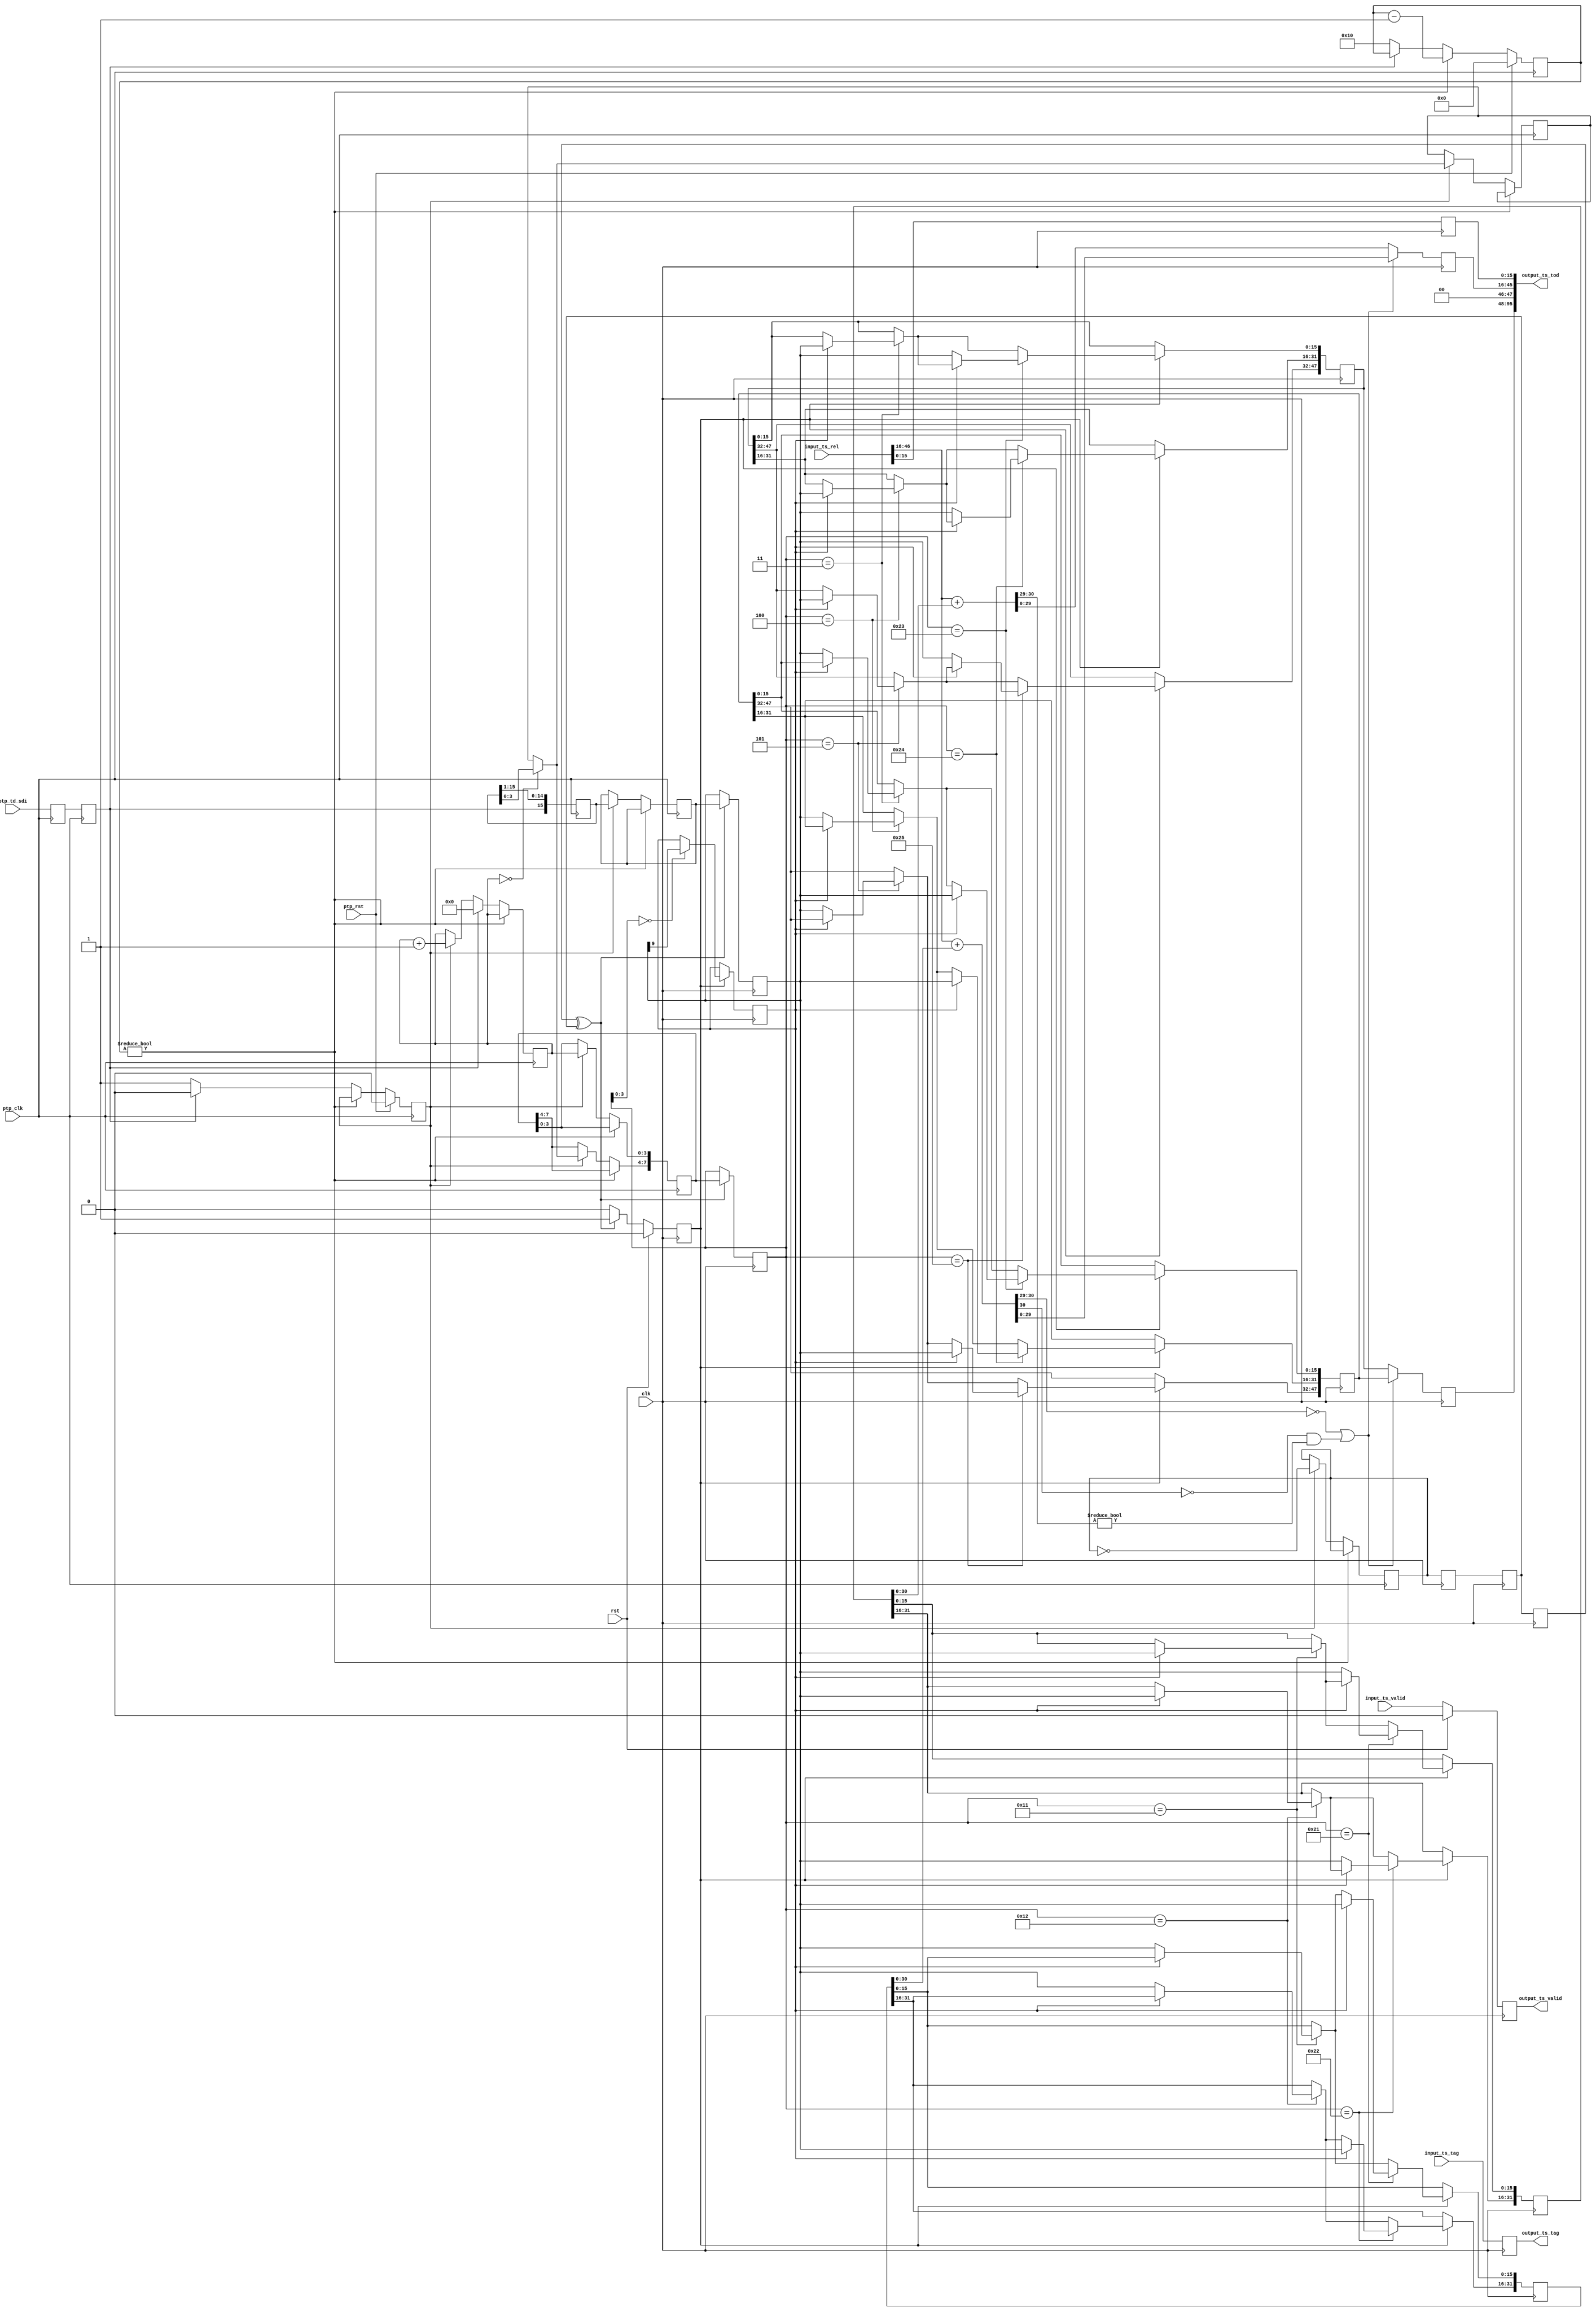
/*

Copyright (c) 2024 Alex Forencich

Permission is hereby granted, free of charge, to any person obtaining a copy
of this software and associated documentation files (the "Software"), to deal
in the Software without restriction, including without limitation the rights
to use, copy, modify, merge, publish, distribute, sublicense, and/or sell
copies of the Software, and to permit persons to whom the Software is
furnished to do so, subject to the following conditions:

The above copyright notice and this permission notice shall be included in
all copies or substantial portions of the Software.

THE SOFTWARE IS PROVIDED "AS IS", WITHOUT WARRANTY OF ANY KIND, EXPRESS OR
IMPLIED, INCLUDING BUT NOT LIMITED TO THE WARRANTIES OF MERCHANTABILITY
FITNESS FOR A PARTICULAR PURPOSE AND NONINFRINGEMENT. IN NO EVENT SHALL THE
AUTHORS OR COPYRIGHT HOLDERS BE LIABLE FOR ANY CLAIM, DAMAGES OR OTHER
LIABILITY, WHETHER IN AN ACTION OF CONTRACT, TORT OR OTHERWISE, ARISING FROM,
OUT OF OR IN CONNECTION WITH THE SOFTWARE OR THE USE OR OTHER DEALINGS IN
THE SOFTWARE.

*/

// Language: Verilog 2001

`resetall
`timescale 1ns / 1fs
`default_nettype none

/*
 * PTP time distribution ToD timestamp reconstruction module
 */
module ptp_td_rel2tod #
(
    parameter TS_FNS_W = 16,
    parameter TS_REL_NS_W = 32,
    parameter TS_TOD_S_W = 48,
    parameter TS_REL_W = TS_REL_NS_W + TS_FNS_W,
    parameter TS_TOD_W = TS_TOD_S_W + 32 + TS_FNS_W,
    parameter TS_TAG_W = 8,
    parameter TD_SDI_PIPELINE = 2
)
(
    input  wire                 clk,
    input  wire                 rst,

    /*
     * PTP clock interface
     */
    input  wire                 ptp_clk,
    input  wire                 ptp_rst,
    input  wire                 ptp_td_sdi,

    /*
     * Timestamp conversion
     */
    input  wire [TS_REL_W-1:0]  input_ts_rel,
    input  wire [TS_TAG_W-1:0]  input_ts_tag,
    input  wire                 input_ts_valid,
    output wire [TS_TOD_W-1:0]  output_ts_tod,
    output wire [TS_TAG_W-1:0]  output_ts_tag,
    output wire                 output_ts_valid
);

localparam TS_TOD_NS_W = 30;
localparam TS_NS_W = TS_TOD_NS_W+1;

localparam [30:0] NS_PER_S = 31'd1_000_000_000;

// pipeline to facilitate long input path
wire ptp_td_sdi_pipe[0:TD_SDI_PIPELINE];

assign ptp_td_sdi_pipe[0] = ptp_td_sdi;

generate

genvar n;

for (n = 0; n < TD_SDI_PIPELINE; n = n + 1) begin : pipe_stage

    (* shreg_extract = "no" *)
    reg ptp_td_sdi_reg = 0;

    assign ptp_td_sdi_pipe[n+1] = ptp_td_sdi_reg;

    always @(posedge ptp_clk) begin
        ptp_td_sdi_reg <= ptp_td_sdi_pipe[n];
    end

end

endgenerate

// deserialize data
reg [15:0] td_shift_reg = 0;
reg [4:0] bit_cnt_reg = 0;
reg td_valid_reg = 1'b0;
reg [3:0] td_index_reg = 0;
reg [3:0] td_msg_reg = 0;

reg [15:0] td_tdata_reg = 0;
reg td_tvalid_reg = 1'b0;
reg td_tlast_reg = 1'b0;
reg [7:0] td_tid_reg = 0;
reg td_sync_reg = 1'b0;

always @(posedge ptp_clk) begin
    td_shift_reg <= {ptp_td_sdi_pipe[TD_SDI_PIPELINE], td_shift_reg[15:1]};

    td_tvalid_reg <= 1'b0;

    if (bit_cnt_reg) begin
        bit_cnt_reg <= bit_cnt_reg - 1;
    end else begin
        td_valid_reg <= 1'b0;
        if (td_valid_reg) begin
            td_tdata_reg <= td_shift_reg;
            td_tvalid_reg <= 1'b1;
            td_tlast_reg <= ptp_td_sdi_pipe[TD_SDI_PIPELINE];
            td_tid_reg <= {td_msg_reg, td_index_reg};
            if (td_index_reg == 0) begin
                td_msg_reg <= td_shift_reg[3:0];
                td_tid_reg[7:4] <= td_shift_reg[3:0];
            end
            td_index_reg <= td_index_reg + 1;
            td_sync_reg = !td_sync_reg;
        end
        if (ptp_td_sdi_pipe[TD_SDI_PIPELINE] == 0) begin
            bit_cnt_reg <= 16;
            td_valid_reg <= 1'b1;
        end else begin
            td_index_reg <= 0;
        end
    end

    if (ptp_rst) begin
        bit_cnt_reg <= 0;
        td_valid_reg <= 1'b0;

        td_tvalid_reg <= 1'b0;
    end
end

// sync TD data
reg [15:0] dst_td_tdata_reg = 0;
reg dst_td_tvalid_reg = 1'b0;
reg [7:0] dst_td_tid_reg = 0;

(* shreg_extract = "no" *)
reg td_sync_sync1_reg = 1'b0;
(* shreg_extract = "no" *)
reg td_sync_sync2_reg = 1'b0;
(* shreg_extract = "no" *)
reg td_sync_sync3_reg = 1'b0;

always @(posedge clk) begin
    td_sync_sync1_reg <= td_sync_reg;
    td_sync_sync2_reg <= td_sync_sync1_reg;
    td_sync_sync3_reg <= td_sync_sync2_reg;
end

always @(posedge clk) begin
    dst_td_tvalid_reg <= 1'b0;

    if (td_sync_sync3_reg ^ td_sync_sync2_reg) begin
        dst_td_tdata_reg <= td_tdata_reg;
        dst_td_tvalid_reg <= 1'b1;
        dst_td_tid_reg <= td_tid_reg;
    end

    if (rst) begin
        dst_td_tvalid_reg <= 1'b0;
    end
end

reg ts_sel_reg = 0;

reg [47:0] ts_tod_s_0_reg = 0;
reg [31:0] ts_tod_offset_ns_0_reg = 0;
reg [47:0] ts_tod_s_1_reg = 0;
reg [31:0] ts_tod_offset_ns_1_reg = 0;

reg [TS_TOD_S_W-1:0] output_ts_tod_s_reg = 0, output_ts_tod_s_next;
reg [TS_TOD_NS_W-1:0] output_ts_tod_ns_reg = 0, output_ts_tod_ns_next;
reg [TS_FNS_W-1:0] output_ts_fns_reg = 0, output_ts_fns_next;
reg [TS_TAG_W-1:0] output_ts_tag_reg = 0, output_ts_tag_next;
reg output_ts_valid_reg = 0, output_ts_valid_next;

reg [TS_NS_W-1:0] ts_tod_ns_0;
reg [TS_NS_W-1:0] ts_tod_ns_1;

assign output_ts_tod = {output_ts_tod_s_reg, 2'b00, output_ts_tod_ns_reg, output_ts_fns_reg};
assign output_ts_tag = output_ts_tag_reg;
assign output_ts_valid = output_ts_valid_reg;

always @* begin
    // reconstruct timestamp
    // apply both offsets
    ts_tod_ns_0 = (input_ts_rel >> TS_FNS_W) + ts_tod_offset_ns_0_reg;
    ts_tod_ns_1 = (input_ts_rel >> TS_FNS_W) + ts_tod_offset_ns_1_reg;

    // pick the correct result
    // 2 MSB clear = lower half of range (0-536,870,911)
    // 1 MSB clear = upper half of range, but could also be over 1 billion (536,870,912-1,073,741,823)
    // 1 MSB set = overflow or underflow
    // prefer 2 MSB clear over 1 MSB clear if neither result was overflow or underflow
    if (ts_tod_ns_0[30:29] == 0 || (ts_tod_ns_0[30] == 0 && ts_tod_ns_1[30:29] != 0)) begin
        output_ts_tod_s_next = ts_tod_s_0_reg;
        output_ts_tod_ns_next = ts_tod_ns_0;
    end else begin
        output_ts_tod_s_next = ts_tod_s_1_reg;
        output_ts_tod_ns_next = ts_tod_ns_1;
    end
    output_ts_fns_next = input_ts_rel;
    output_ts_tag_next = input_ts_tag;
    output_ts_valid_next = input_ts_valid;
end

always @(posedge clk) begin
    // extract data
    if (dst_td_tvalid_reg) begin
        if (dst_td_tid_reg[3:0] == 4'd0) begin
            ts_sel_reg <= dst_td_tdata_reg[9];
        end
        // current
        if (dst_td_tid_reg == {4'd1, 4'd1}) begin
            if (ts_sel_reg) begin
                ts_tod_offset_ns_1_reg[15:0] <= dst_td_tdata_reg;
            end else begin
                ts_tod_offset_ns_0_reg[15:0] <= dst_td_tdata_reg;
            end
        end
        if (dst_td_tid_reg == {4'd1, 4'd2}) begin
            if (ts_sel_reg) begin
                ts_tod_offset_ns_1_reg[31:16] <= dst_td_tdata_reg;
            end else begin
                ts_tod_offset_ns_0_reg[31:16] <= dst_td_tdata_reg;
            end
        end
        if (dst_td_tid_reg == {4'd0, 4'd3}) begin
            if (ts_sel_reg) begin
                ts_tod_s_1_reg[15:0] <= dst_td_tdata_reg;
            end else begin
                ts_tod_s_0_reg[15:0] <= dst_td_tdata_reg;
            end
        end
        if (dst_td_tid_reg == {4'd0, 4'd4}) begin
            if (ts_sel_reg) begin
                ts_tod_s_1_reg[31:16] <= dst_td_tdata_reg;
            end else begin
                ts_tod_s_0_reg[31:16] <= dst_td_tdata_reg;
            end
        end
        if (dst_td_tid_reg == {4'd0, 4'd5}) begin
            if (ts_sel_reg) begin
                ts_tod_s_1_reg[47:32] <= dst_td_tdata_reg;
            end else begin
                ts_tod_s_0_reg[47:32] <= dst_td_tdata_reg;
            end
        end
        // alternate
        if (dst_td_tid_reg == {4'd2, 4'd1}) begin
            if (ts_sel_reg) begin
                ts_tod_offset_ns_0_reg[15:0] <= dst_td_tdata_reg;
            end else begin
                ts_tod_offset_ns_1_reg[15:0] <= dst_td_tdata_reg;
            end
        end
        if (dst_td_tid_reg == {4'd2, 4'd2}) begin
            if (ts_sel_reg) begin
                ts_tod_offset_ns_0_reg[31:16] <= dst_td_tdata_reg;
            end else begin
                ts_tod_offset_ns_1_reg[31:16] <= dst_td_tdata_reg;
            end
        end
        if (dst_td_tid_reg == {4'd2, 4'd3}) begin
            if (ts_sel_reg) begin
                ts_tod_s_0_reg[15:0] <= dst_td_tdata_reg;
            end else begin
                ts_tod_s_1_reg[15:0] <= dst_td_tdata_reg;
            end
        end
        if (dst_td_tid_reg == {4'd2, 4'd4}) begin
            if (ts_sel_reg) begin
                ts_tod_s_0_reg[31:16] <= dst_td_tdata_reg;
            end else begin
                ts_tod_s_1_reg[31:16] <= dst_td_tdata_reg;
            end
        end
        if (dst_td_tid_reg == {4'd2, 4'd5}) begin
            if (ts_sel_reg) begin
                ts_tod_s_0_reg[47:32] <= dst_td_tdata_reg;
            end else begin
                ts_tod_s_1_reg[47:32] <= dst_td_tdata_reg;
            end
        end
    end

    output_ts_tod_s_reg <= output_ts_tod_s_next;
    output_ts_tod_ns_reg <= output_ts_tod_ns_next;
    output_ts_fns_reg <= output_ts_fns_next;
    output_ts_tag_reg <= output_ts_tag_next;
    output_ts_valid_reg <= output_ts_valid_next;

    if (rst) begin
        output_ts_valid_reg <= 1'b0;
    end
end

endmodule

`resetall